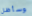
وسأظل